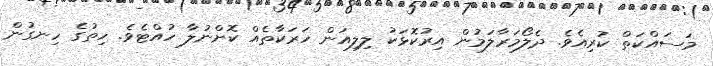
މަސައްކަތް ކުރިއެވެ. ދެލޯމަރާލަމުން އިރުކޮޅަކު ލިލިއަން ހަރަކާތެއް ކޮށްނުލާ ހުއްޓެވެ. ހިތުގެ ހިނގުން